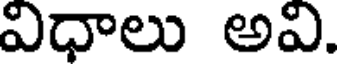
విధాలు అవి.